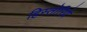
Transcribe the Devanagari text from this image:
हिस्तोरिये